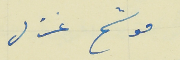
موشح غزل